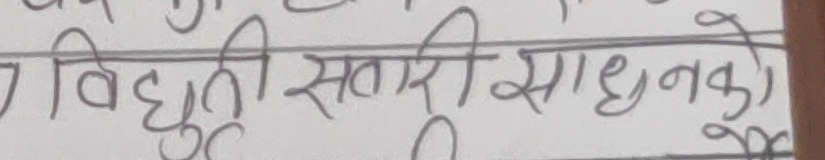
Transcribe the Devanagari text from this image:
विद्युती सतारी साधनको